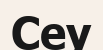
Сеу